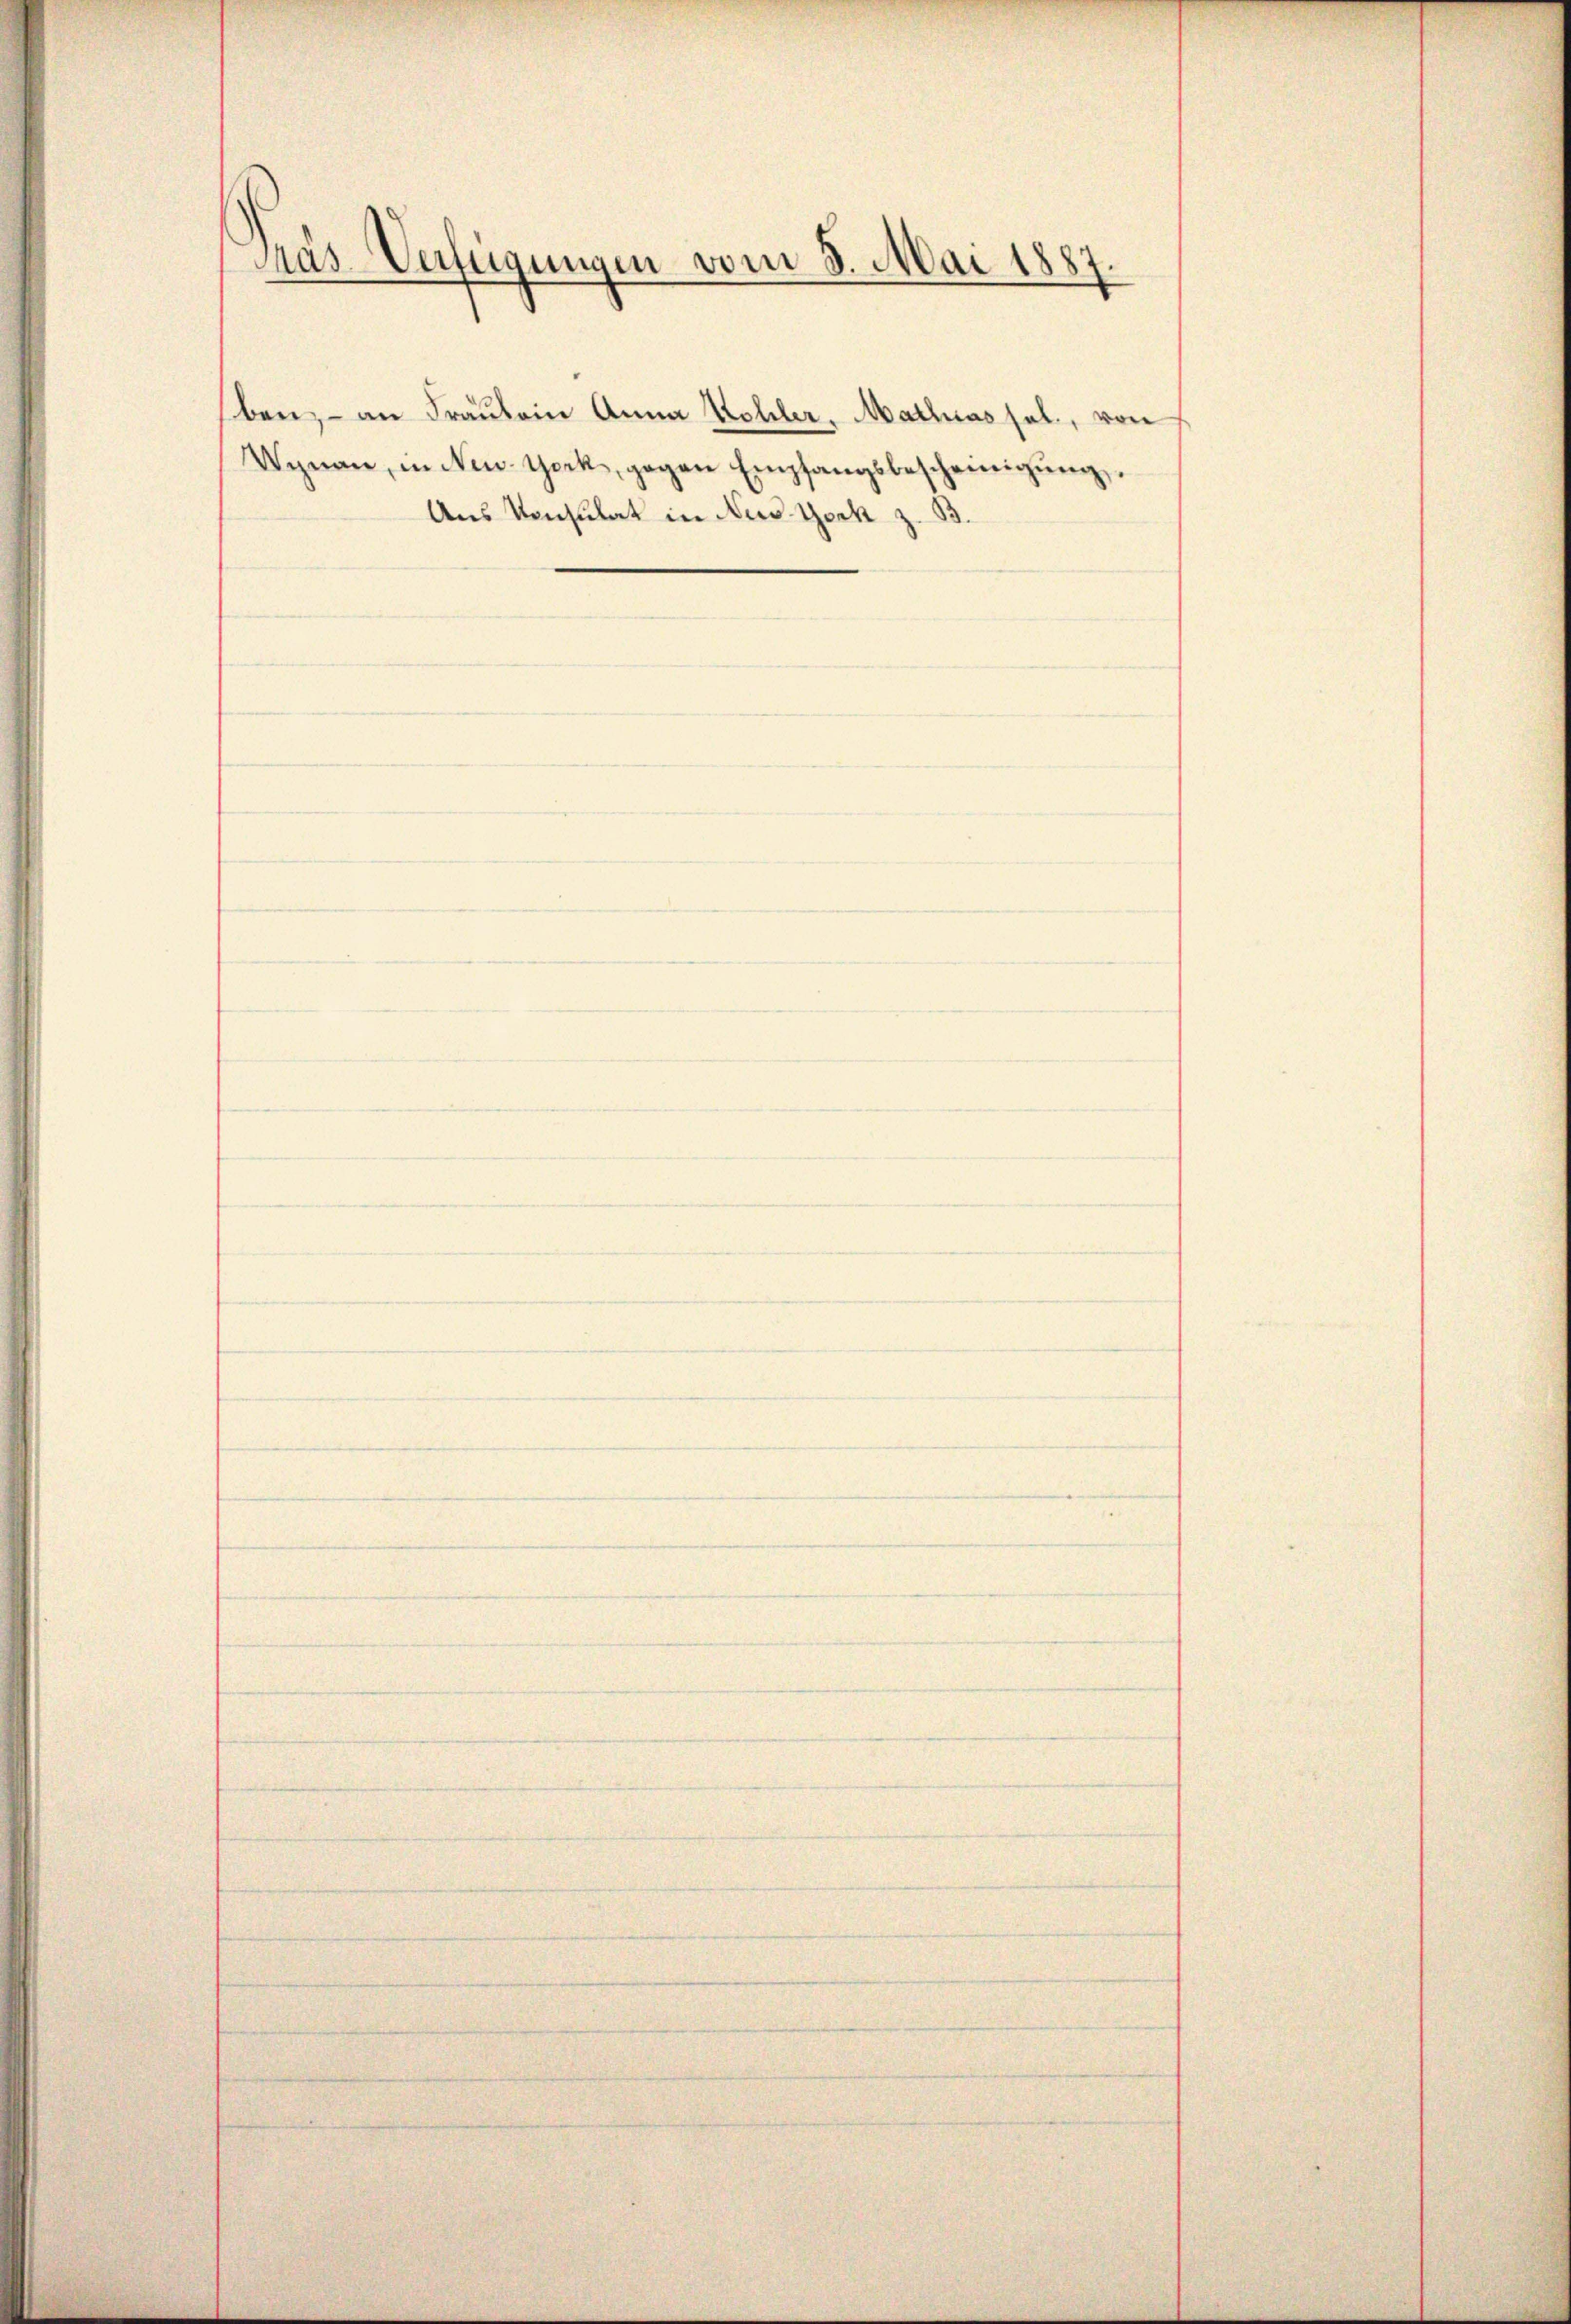
Prás-Verfügungen vom 8. Mai 188
2

ben, – an Fraulein Anna Kohler, Mathiassel, von
Wynan, in New-York, gegen Empfangsbescheinigŭng
Aus Konsulat in New York z. B.